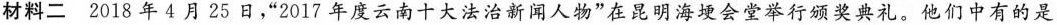
材料二2018年4月25日，”2017年度云南十大法治新闻人物”在昆明海埂会堂举行颁奖典礼。他们中有的是